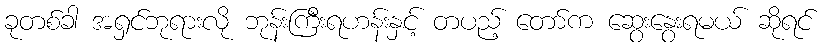
ခုတစ်ခါ အရှင်ဘုရားလို ဘုန်းကြီးရဟန်းနှင့် တပည့် တော်က ဆွေးနွေးရမယ် ဆိုရင်